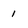
Character: 1